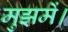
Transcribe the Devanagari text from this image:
मुझमें।